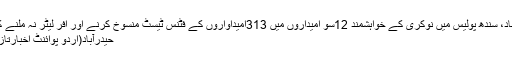
حیدر آباد، سندھ پولیس میں نوکری کے خواہشمند 12سو امیداروں میں 313امیداواروں کے فٹنس ٹیسٹ منسوخ کرنے اور آفر لیٹر نہ ملنے کیخلاف
حیدرآباد(اُردو پوائنٹ اخبارتازہ ترین۔